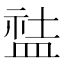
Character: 䀅